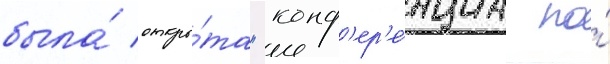
была́ откры́та "конф'ер'е́нциа по́